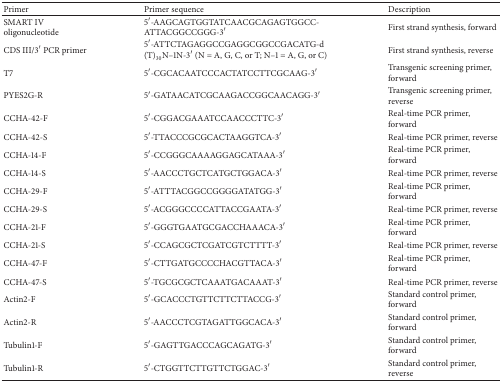
| Primer | Primer sequence | Description |
 | --- | --- | --- |
 | SMART IV oligonucleotide | 5′-AAGCAGTGGTATCAACGCAGAGTGGCCATTACGGCCGGG-3′ | First strand synthesis, forward |
 | CDS III/3′ PCR primer | 5′-ATTCTAGAGGCCGAGGCGGCCGACATG-d(T)30N–1N-3′ (N = A, G, C, or T; N–1 = A, G, or C) | First strand synthesis, reverse |
 | T7 | 5′-CGCACAATCCCACTATCCTTCGCAAG-3′ | Transgenic screening primer, forward |
 | PYES2G-R | 5′-GATAACATCGCAAGACCGGCAACAGG-3′ | Transgenic screening primer, reverse |
 | CCHA-42-F | 5′-CGGACGAAATCCAACCCTTC-3′ | Real-time PCR primer, forward |
 | CCHA-42-S | 5′-TTACCCGCGCACTAAGGTCA-3′ | Real-time PCR primer, reverse |
 | CCHA-14-F | 5′-CCGGGCAAAAGGAGCATAAA-3′ | Real-time PCR primer, forward |
 | CCHA-14-S | 5′-AACCCTGCTCATGCTGGACA-3′ | Real-time PCR primer, reverse |
 | CCHA-29-F | 5′-ATTTACGGCCGGGGATATGG-3′ | Real-time PCR primer, forward |
 | CCHA-29-S | 5′-ACGGGCCCCATTACCGAATA-3′ | Real-time PCR primer, reverse |
 | CCHA-21-F | 5′-GGGTGAATGCGACCHAAACA-3′ | Real-time PCR primer, forward |
 | CCHA-21-S | 5′-CCAGCGCTCGATCGTCTTTT-3′ | Real-time PCR primer, reverse |
 | CCHA-47-F | 5′-CTTGATGCCCCHACGTTACA-3′ | Real-time PCR primer, forward |
 | CCHA-47-S | 5′-TGCGCGCTCAAATGACAAAT-3′ | Real-time PCR primer, reverse |
 | Actin2-F | 5′-GCACCCTGTTCTTCTTACCG-3′ | Standard control primer, forward |
 | Actin2-R | 5′-AACCCTCGTAGATTGGCACA-3′ | Standard control primer, forward |
 | Tubulin1-F | 5′-GAGTTGACCCAGCAGATG-3′ | Standard control primer, forward |
 | Tubulin1-R | 5′-CTGGTTCTTGTTCTGGAC-3′ | Standard control primer, reverse |